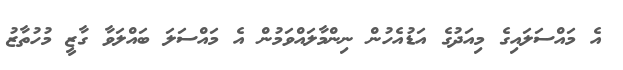
އެ މައްސަލައިގެ މިއަދުގެ އަޑުއެހުން ނިންމާލައްވަމުން އެ މައްސަލަ ބައްލަވާ ގާޒީ މުހުތާޒު